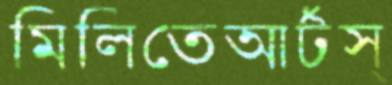
মিলিতেআর্টস্